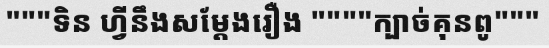
"""ទិន ហ្វីនឹងសម្តែងរឿង """"ក្បាច់គុនពូ"""